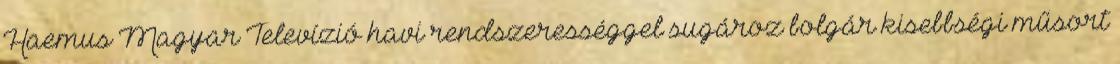
Haemus Magyar Televízió havi rendszerességgel sugároz bolgár kisebbségi műsort